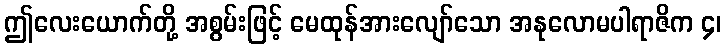
ဤလေးယောက်တို့ အစွမ်းဖြင့် မေထုန်အားလျော်သော အနုလောမပါရာဇိက ၄၊